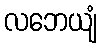
လဘေယျံ